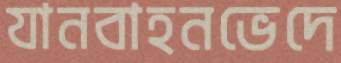
যানবাহনভেদে